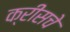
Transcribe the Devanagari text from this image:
क्रीसचे